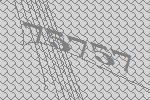
75757